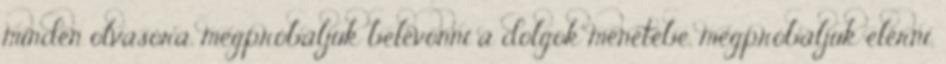
minden olvasóra, megpróbáljuk belevonni a dolgok menetébe, megpróbáljuk elérni,